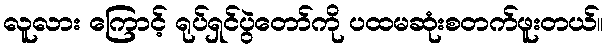
လူလား ကြောင့် ရုပ်ရှင်ပွဲတော်ကို ပထမဆုံးစတက်ဖူးတယ်။